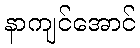
နာကျင်အောင်